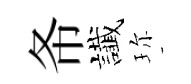
𢁙䜟珎